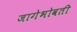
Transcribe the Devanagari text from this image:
जागेभोवती